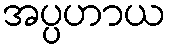
အပ္ပဟာယ